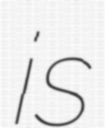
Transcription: is